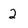
Character: 2